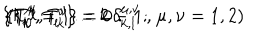
\{ T _ { k } ^ { \mu } , T _ { l } ^ { \nu } \} = 2 \, \delta _ { k , l } ^ { \mu , \nu } \; , \hspace { 1 . 3 c m } \{ T _ { 0 } ^ { \mu } , T _ { k } ^ { \nu } \} = 0 \; . \hspace { 2 c m } ( k , l = 1 \ldots L - 1 ; \; \mu , \nu = 1 , 2 )